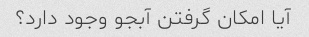
آیا امکان گرفتن آبجو وجود دارد؟